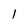
Character: l